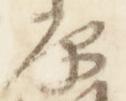
原